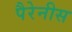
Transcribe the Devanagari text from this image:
पैरेनीस